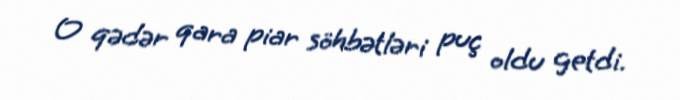
O qədər qara piar söhbətləri puç oldu getdi.